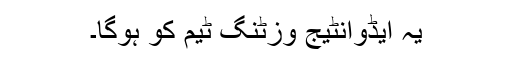
یہ ایڈوانٹیج وزٹنگ ٹیم کو ہوگا۔